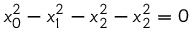
x _ { 0 } ^ { 2 } - x _ { 1 } ^ { 2 } - x _ { 2 } ^ { 2 } - x _ { 2 } ^ { 2 } = 0